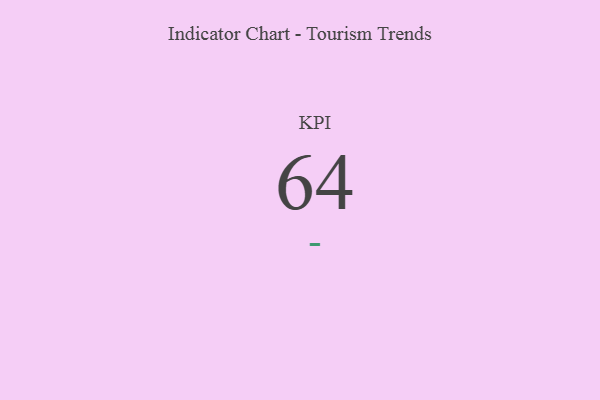
{"axis": {"x": "KPI", "y": "Value"}, "legend": [""], "data": [{"x": "KPI", "y": 64, "type": ""}]}